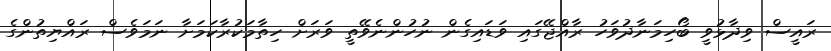
ރައީސް ވިދާޅުވީ ބޯހިމަނާދުވަހު ރާއްޖޭގައި ވަޑައިގެން ނުހުންނެވޭތީ ވަރަށް ހިތާމަކުރާކަމަށާ ނަމަވެސް ރައްޔިތުންގެ